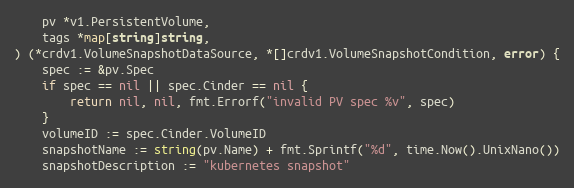
Language: Go
	pv *v1.PersistentVolume,
	tags *map[string]string,
) (*crdv1.VolumeSnapshotDataSource, *[]crdv1.VolumeSnapshotCondition, error) {
	spec := &pv.Spec
	if spec == nil || spec.Cinder == nil {
		return nil, nil, fmt.Errorf("invalid PV spec %v", spec)
	}
	volumeID := spec.Cinder.VolumeID
	snapshotName := string(pv.Name) + fmt.Sprintf("%d", time.Now().UnixNano())
	snapshotDescription := "kubernetes snapshot"